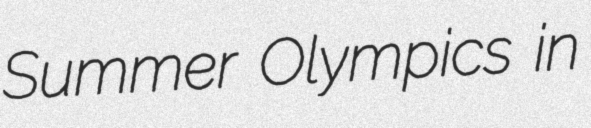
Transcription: Summer Olympics in